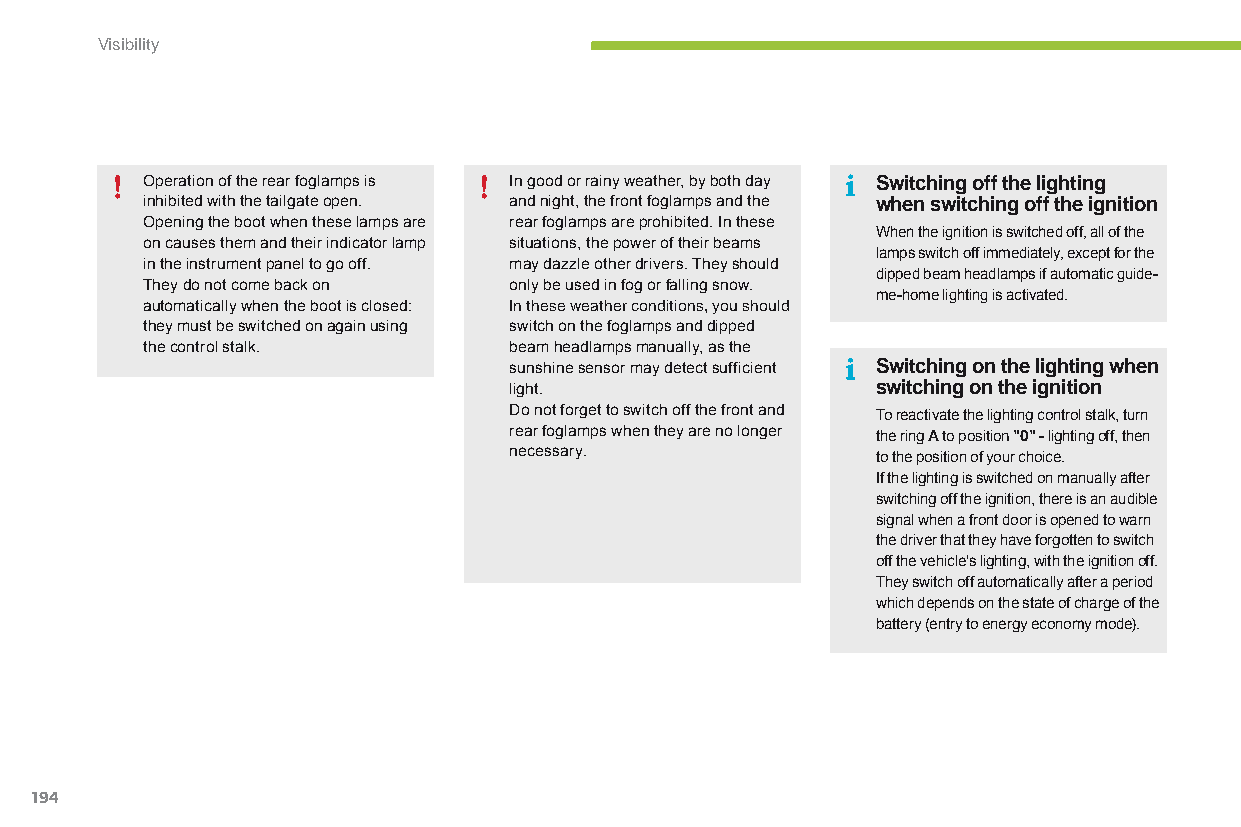
Visibility
 Operation of the rear foglamps is In good or rainy weather, by both day Switching off the lighting
 inhibited with the tailgate open. and night, the front foglamps and the when switching off the ignition
 Opening the boot when these lamps are rear foglamps are prohibited. In these
 When the ignition is switched off, all of the
 on causes them and their indicator lamp situations, the power of their beams
 lamps switch off immediately, except for the
 in the instrument panel to go off. may dazzle other drivers. They should
 dipped beam headlamps if automatic guide-
 They do not come back on only be used in fog or falling snow.
 me-home lighting is activated.
 automatically when the boot is closed: In these weather conditions, you should
 they must be switched on again using switch on the foglamps and dipped
 the control stalk.       beam headlamps manually, as the
 sunshine sensor may detect sufficient Switching on the lighting when
 light.                  switching on the ignition
 Do not forget to switch off the front and To reactivate the lighting control stalk, turn
 rear foglamps when they are no longer the ring A to position "0" - lighting off, then
 necessary.              to the position of your choice.
 If the lighting is switched on manually after
 switching off the ignition, there is an audible
 signal when a front door is opened to warn
 the driver that they have forgotten to switch
 off the vehicle's lighting, with the ignition off.
 They switch off automatically after a period
 which depends on the state of charge of the
 battery (entry to energy economy mode).
 194
 C4-Picasso-II_en_Chap05_visibilite_ed01-2015